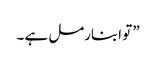
” تو ابنارمل ہے ۔